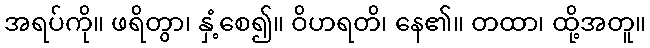
အရပ်ကို။ ဖရိတွာ၊ နှံ့စေ၍။ ဝိဟရတိ၊ နေ၏။ တထာ၊ ထို့အတူ။